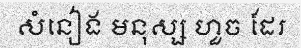
សំនៀង មនុស្ស ហួច ដែរ